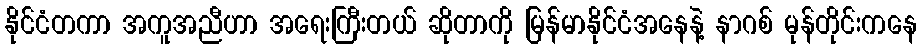
နိုင်ငံတကာ အကူအညီဟာ အရေးကြီးတယ် ဆိုတာကို မြန်မာနိုင်ငံအနေနဲ့ နာဂစ် မုန်တိုင်းကနေ